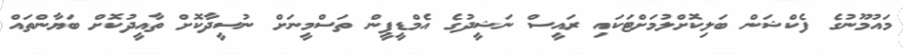
މައުމޫނުގެ ފެކްޝަން ބަލިކޮށްލުމަށްޓަކައި ރައީސް ނަޝީދުގެ އެމްޑީޕީން ތަސްމީނަށް ނުސީދާކޮށް ތާއީދުކޮށް ބަޔާންތައް